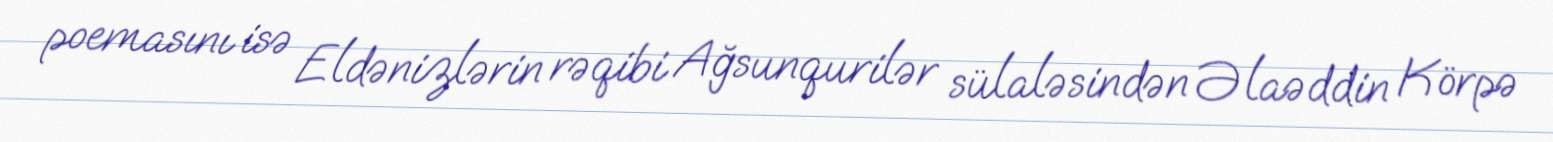
poemasını isə Eldənizlərin rəqibi Ağsunqurilər sülaləsindən Əlaəddin Körpə